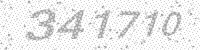
Solution: 341710